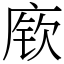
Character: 𫷷